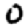
Digit: 0